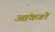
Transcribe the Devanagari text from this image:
आंकङों